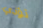
تؤذي